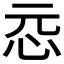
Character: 𫹵